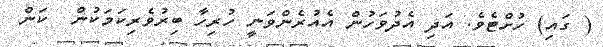
( ގައި) ހުށްޓެވެ. އަދި އެދުވަހުން އެއުރެންވަނީ ހުރިހާ ބިރުވެރިކަމަކުން  ކަން